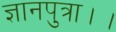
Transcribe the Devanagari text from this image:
ज्ञानपुत्रा।।